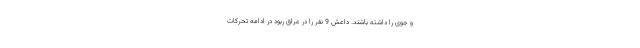
و جوی را داشته باشند. داعش 9 نفر را در عراق ربود در ادامه تحرکات